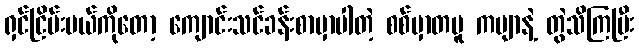
ရှင်ငြိမ်းမယ်ကိုတော့ ကျောင်းသင်ခန်းစာမှာပါတဲ့ စစ်မှာတမူ ကဗျာနဲ့ တွဲသိကြပြီး